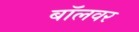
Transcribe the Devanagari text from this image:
बॉलवर